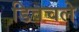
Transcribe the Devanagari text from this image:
डिवचले